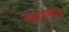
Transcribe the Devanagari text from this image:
स्वार्थभाव